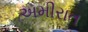
અમીરાત